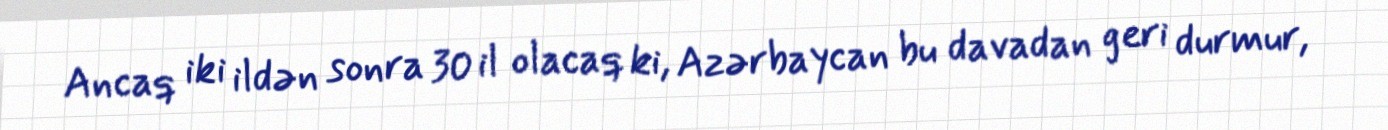
Ancaq iki ildən sonra 30 il olacaq ki, Azərbaycan bu davadan geri durmur,